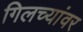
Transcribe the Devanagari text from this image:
गिलच्यांवर